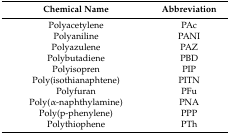
<table><thead><tr><td><b>Chemical Name</b></td><td><b>Abbreviation</b></td></tr></thead><tbody><tr><td>Polyacetylene</td><td>PAc</td></tr><tr><td>Polyaniline</td><td>PANI</td></tr><tr><td>Polyazulene</td><td>PAZ</td></tr><tr><td>Polybutadiene</td><td>PBD</td></tr><tr><td>Polyisopren</td><td>PIP</td></tr><tr><td>Poly(isothianaphtene)</td><td>PITN</td></tr><tr><td>Polyfuran</td><td>PFu</td></tr><tr><td>Poly(α-naphthylamine)</td><td>PNA</td></tr><tr><td>Poly(p-phenylene)</td><td>PPP</td></tr><tr><td>Polythiophene</td><td>PTh</td></tr></tbody></table>